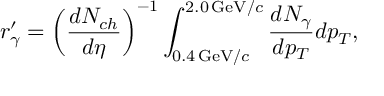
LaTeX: r _ { \gamma } ^ { \prime } = \left( \frac { d N _ { c h } } { d \eta } \right) ^ { - 1 } \int _ { 0 . 4 \, \mathrm { G e V } / c } ^ { 2 . 0 \, \mathrm { G e V } / c } \frac { d N _ { \gamma } } { d p _ { T } } d p _ { T } ,